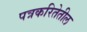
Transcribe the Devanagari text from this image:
पत्रकरितेतील